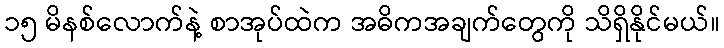
၁၅ မိနစ်လောက်နဲ့ စာအုပ်ထဲက အဓိကအချက်တွေကို သိရှိနိုင်မယ်။